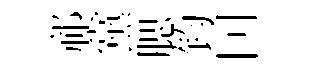
祁黨腮钧囙